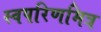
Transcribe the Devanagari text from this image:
स्वपरिणमित्र